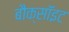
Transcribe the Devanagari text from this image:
बौक्सॉइट